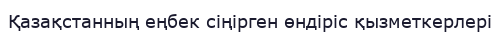
Қазақстанның еңбек сіңірген өндіріс қызметкерлері